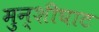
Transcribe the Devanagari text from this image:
मुन्शीघाट